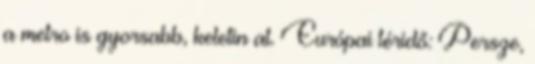
a metro is gyorsabb, keletin at. Európai téridő: Persze,